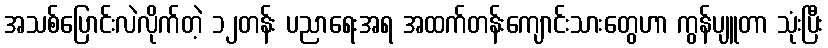
အသစ်ပြောင်းလဲလိုက်တဲ့ ၁၂တန်း ပညာရေးအရ အထက်တန်းကျောင်းသားတွေဟာ ကွန်ပျူတာ သုံးပြီး